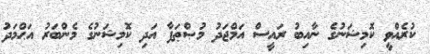
ކުރެއްވީ ކޮމިޝަނުގެ ނާއިބު ރައީސް އަމްޖަދު މުޞްޠަފާ އަދި ކޮމިޝަނުގެ މެންބަރު އަޙްމަދު